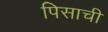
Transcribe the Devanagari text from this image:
पिसाची